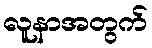
လူနာအတွက်